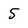
Character: 5